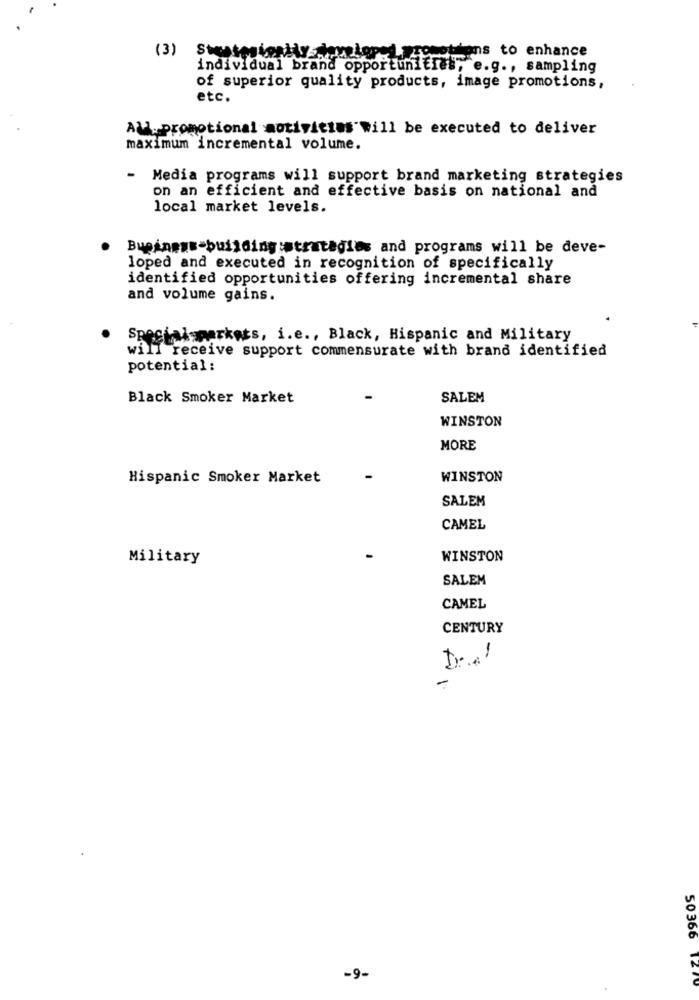
(3) Stratestentiy developed promotions to enhance
individual brand opportunities, e.g ., sampling
of superior quality products, image promotions,
etc.
All- promotional motivitims will be executed to deliver
maximum incremental volume.
-
Media programs will support brand marketing strategies
on an efficient and effective basis on national and
local market levels.
Business-building:strategies and programs will be deve-
loped and executed in recognition of specifically
identified opportunities offering incremental share
and volume gains.
Special markets, i.e ., Black, Hispanic and Military
will receive support commensurate with brand identified
potential :
Black Smoker Market
SALEM
WINSTON
MORE
Hispanic Smoker Market
WINSTON
SALEM
CAMEL
Military
WINSTON
SALEM
CAMEL
CENTURY
-
-
-9-
50366 1270